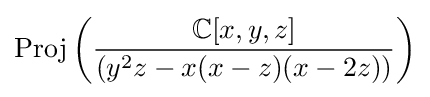
{\text{Proj}}\left({\frac {\mathbb {C} [x,y,z]}{(y^{2}z-x(x-z)(x-2z))}}\right)